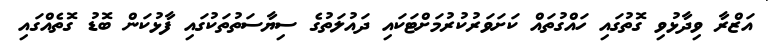
އަޒްރާ ވިދާޅުވި ގޮތުގައި ހައްގުތައް ކަށަވަރުކުރުމަށްޓަކައި ދައުލަތުގެ ސިޔާސަތުތަކުގައި ފާޅުކަން ބޮޑު ގޮތެއްގައި